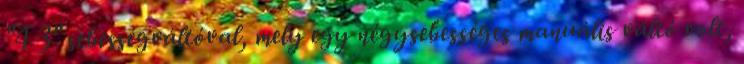
"4 3" sebességváltóval, mely egy négysebességes manuális váltó volt,